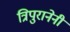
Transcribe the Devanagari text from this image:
त्रिपुरानेनी